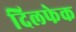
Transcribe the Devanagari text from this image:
दिलफेक